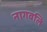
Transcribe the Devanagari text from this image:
नागवलि